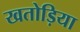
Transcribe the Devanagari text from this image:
खतोड़िया